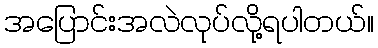
အပြောင်းအလဲလုပ်လို့ရပါတယ်။